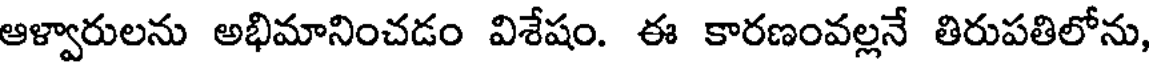
ఆళ్వారులను అభిమానించడం విశేషం. ఈ కారణంవల్లనే తిరుపతిలోను,